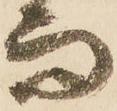
而